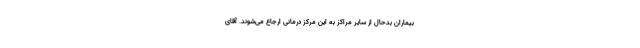
بیماران بدحال از سایر مراکز به این مرکز درمانی ارجاع می‌شوند. آقای